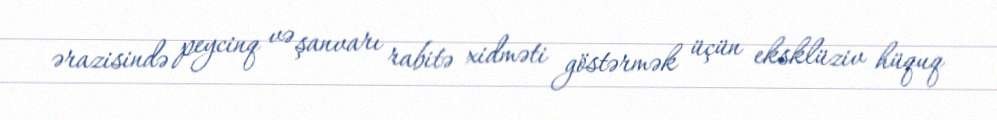
ərazisində peycinq və şanvarı rabitə xidməti göstərmək üçün eksklüziv hüquq